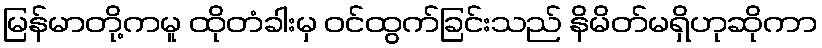
မြန်မာတို့ကမူ ထိုတံခါးမှ ဝင်ထွက်ခြင်းသည် နိမိတ်မရှိဟုဆိုကာ